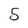
Character: 5